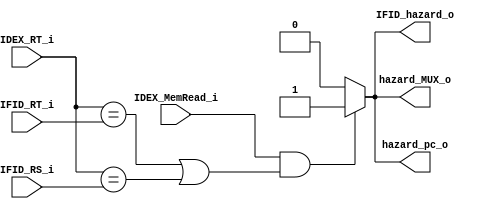
module Hazard_Unit
(
    IDEX_MemRead_i,
    IDEX_RT_i,
    IFID_RS_i,
    IFID_RT_i,
    IFID_hazard_o,
    hazard_pc_o,
    hazard_MUX_o
);

/* Ports */
input               IDEX_MemRead_i;
input       [4:0]   IDEX_RT_i, IFID_RS_i, IFID_RT_i;
output  reg         IFID_hazard_o, hazard_pc_o, hazard_MUX_o;

always @(*) begin
    if (IDEX_MemRead_i && (IDEX_RT_i == IFID_RT_i || IDEX_RT_i == IFID_RS_i)) begin
        IFID_hazard_o <= 1;
        hazard_pc_o <= 1;
        hazard_MUX_o <= 1;
    end
    else begin
        IFID_hazard_o <= 0;
        hazard_pc_o <= 0;
        hazard_MUX_o <= 0;
    end
end

endmodule